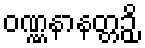
ဝဏ္ဏနာနတ္တဉှိ